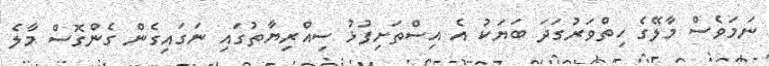
ނަމަވެސް މާލޭގެ ހިތްވަރުގަދަ ބަޔަކު އެ އިސްތަށިފުޅު ސިއްރިޔާތުގައި ނަގައިގެން ގެންގޮސް މާލެ